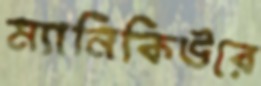
ম্যানিকিউরে